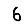
Digit: 6